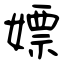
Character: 嫖